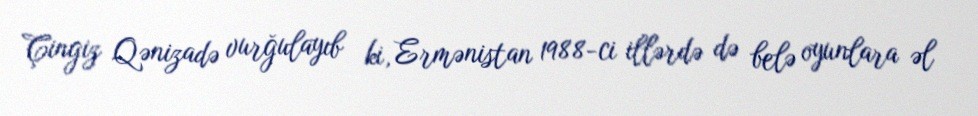
Çingiz Qənizadə vurğulayıb ki, Ermənistan 1988-ci illərdə də belə oyunlara əl